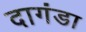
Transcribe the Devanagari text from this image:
दागंडा